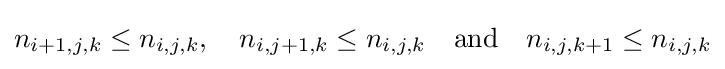
n_{i+1,j,k}\leq n_{i,j,k},\quad n_{i,j+1,k}\leq n_{i,j,k}\quad {\text{and}}\quad n_{i,j,k+1}\leq n_{i,j,k}